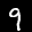
Label: 9